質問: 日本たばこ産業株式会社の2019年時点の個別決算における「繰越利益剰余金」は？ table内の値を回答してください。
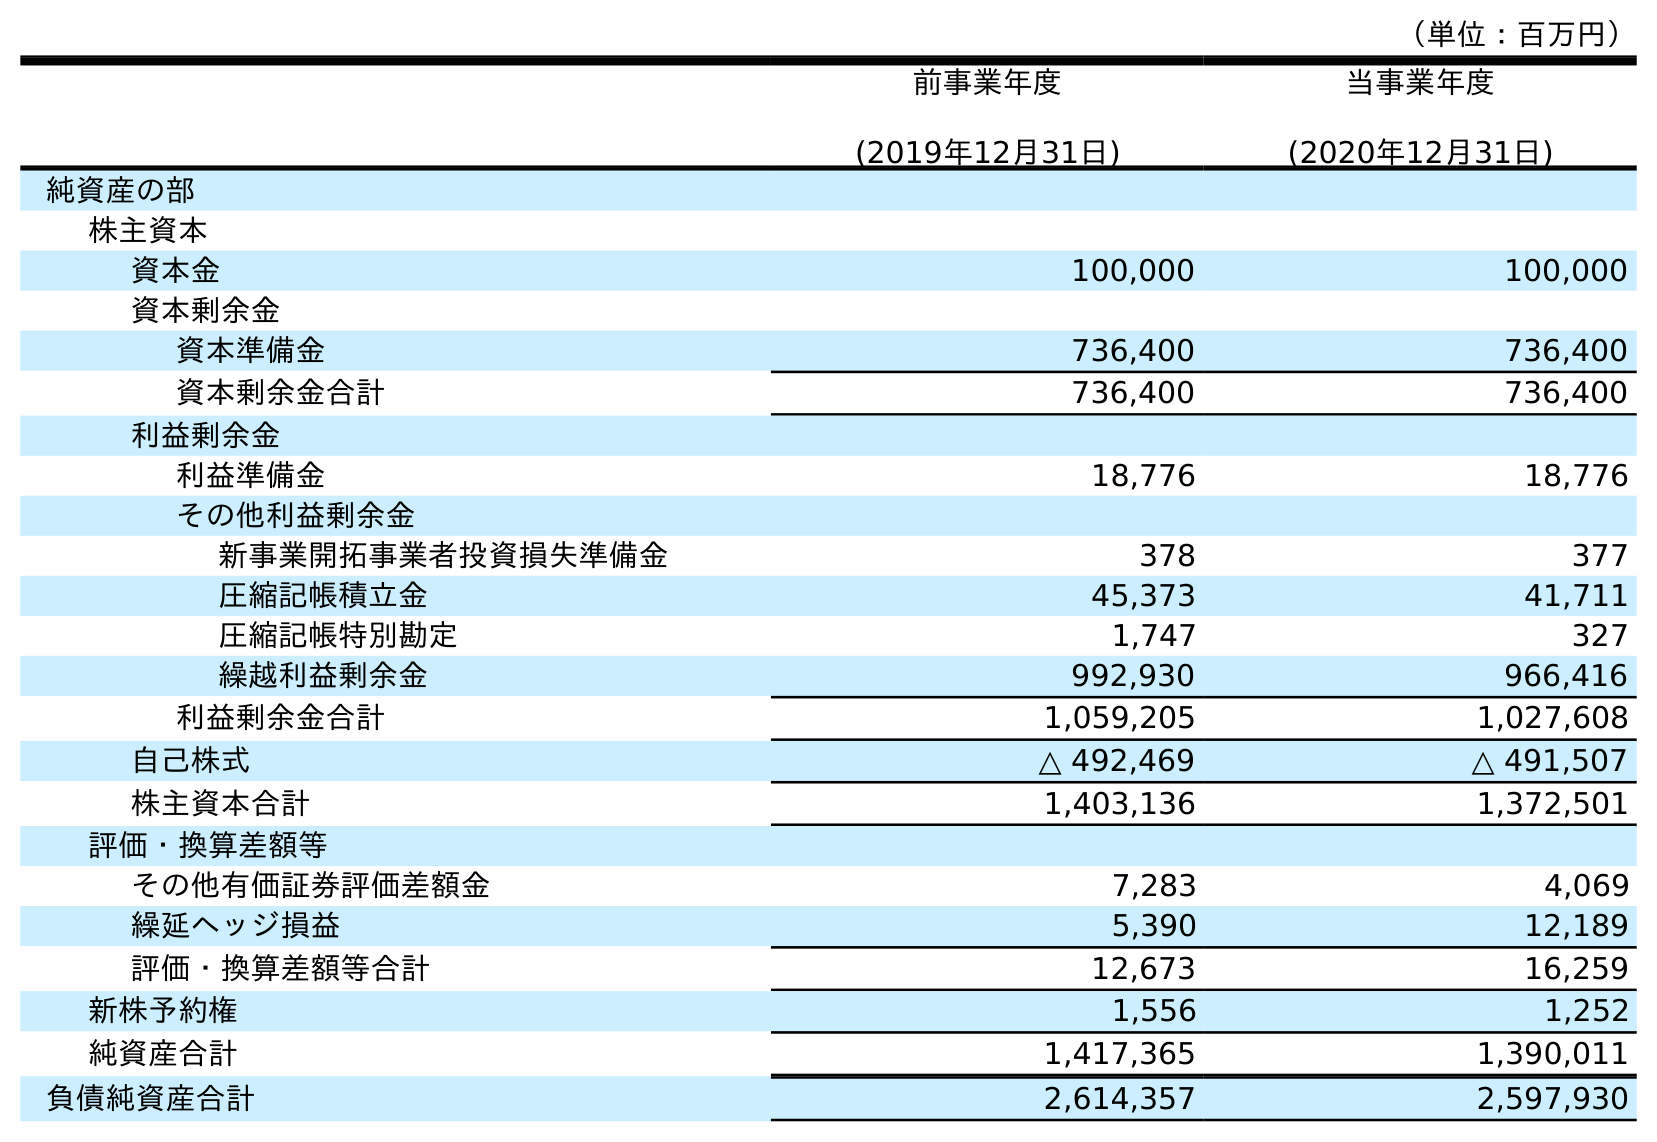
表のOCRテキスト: （単位：百万円） 前事業年度 (2019年12月31日) 当事業年度 (2020年12月31日) 純資産の部 株主資本 資本金 100,000 100,000 資本剰余金 資本準備金 736,400 736,400 資本剰余金合計 736,400 736,400 利益剰余金 利益準備金 18,776 18,776 その他利益剰余金 新事業開拓事業者投資損失準備金 378 377 圧縮記帳積立金 45,373 41,711 圧縮記帳特別勘定 1,747 327 繰越利益剰余金 992,930 966,416 利益剰余金合計 1,059,205 1,027,608 自己株式 △ 492,469 △ 491,507 株主資本合計 1,403,136 1,372,501 評価・換算差額等 その他有価証券評価差額金 7,283 4,069 繰延ヘッジ損益 5,390 12,189 評価・換算差額等合計 12,673 16,259 新株予約権 1,556 1,252 純資産合計 1,417,365 1,390,011 負債純資産合計 2,614,357 2,597,930
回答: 992,930